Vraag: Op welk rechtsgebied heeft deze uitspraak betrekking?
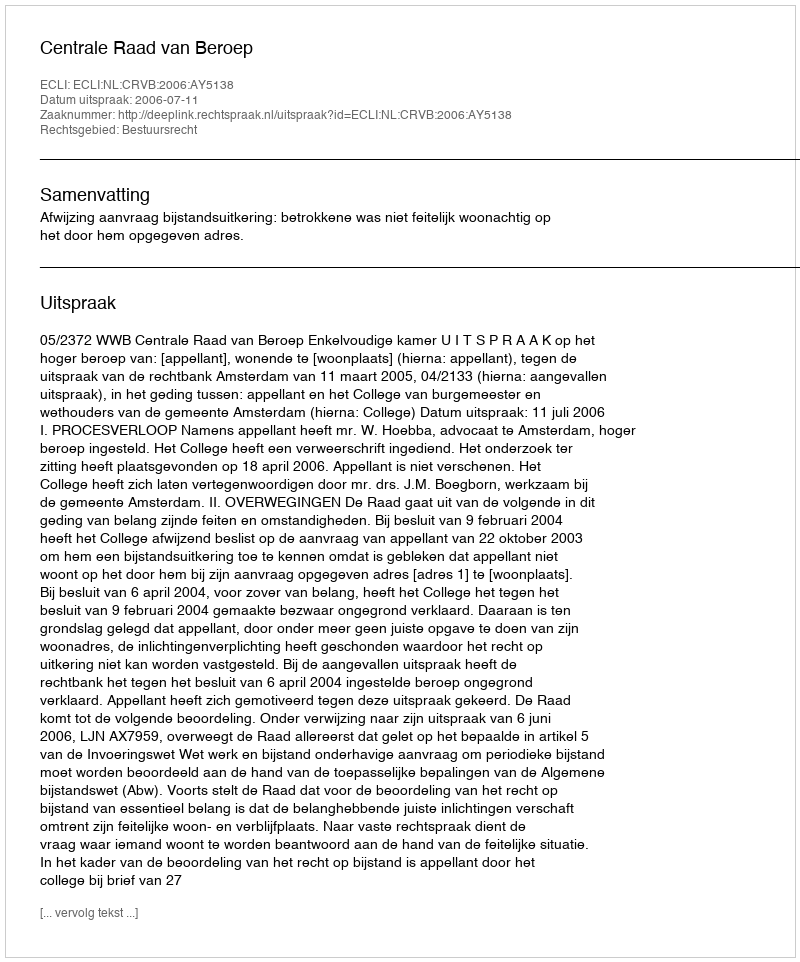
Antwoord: Bestuursrecht